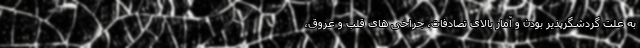
به علت گردشگرپذیر بودن و آمار بالای تصادفات، جراحی های قلب و عروق،